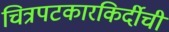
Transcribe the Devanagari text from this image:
चित्रपटकारकिर्दीची